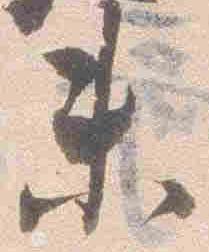
未